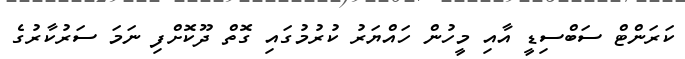
ކަރަންޓް ސަބްސިޑީ އާއި މީހުން ހައްޔަރު ކުރުމުގައި ގޮތް ދޫކޮށްފި ނަމަ ސަރުކާރުގެ